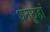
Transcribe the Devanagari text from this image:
धनछूहां